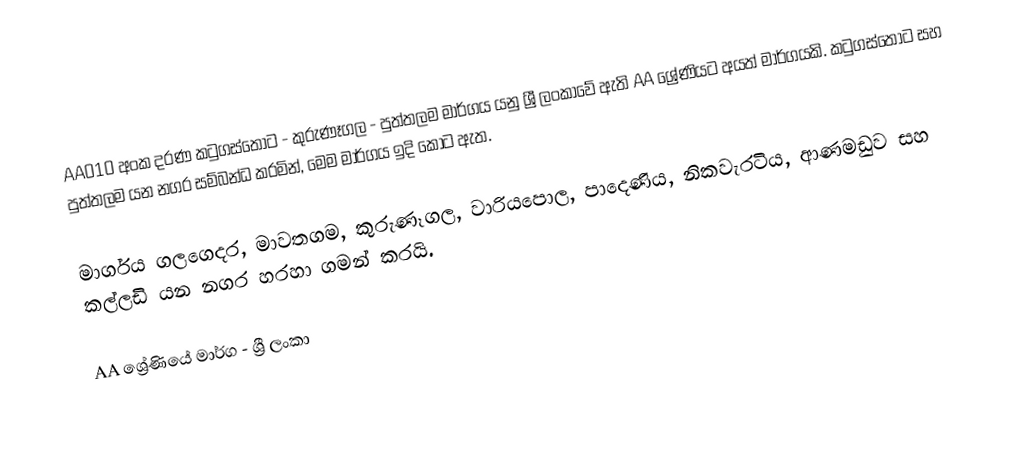
AA010 අංක දරණ කටුගස්තොට - කුරුණෑගල - පුත්තලම මාර්ගය යනු ශ්‍රී ලංකාවේ ඇති AA ශ්‍රේණියට අයත් මාර්ගයකි. කටුගස්තොට සහ පුත්තලම යන නගර සම්බන්ධ කරමින්, මෙම මාර්ගය ඉදි කොට ඇත.

මාර්ගය ගලගෙදර, මාවතගම, කුරුණෑගල, වාරියපොල, පාදෙණිය, නිකවැරටිය, ආණමඩුව සහ කල්ලඩි යන නගර හරහා ගමන් කරයි.

AA ශ්‍රේණියේ මාර්ග - ශ්‍රී ලංකා